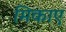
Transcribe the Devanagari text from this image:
मिकाए